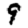
Digit: 9